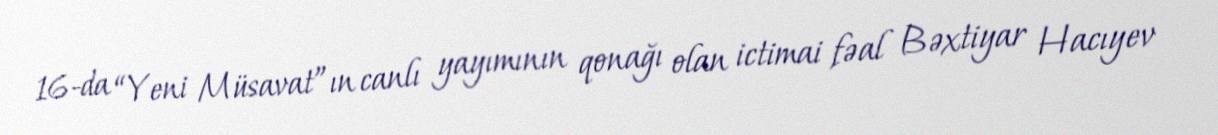
16-da “Yeni Müsavat”ın canlı yayımının qonağı olan ictimai fəal Bəxtiyar Hacıyev